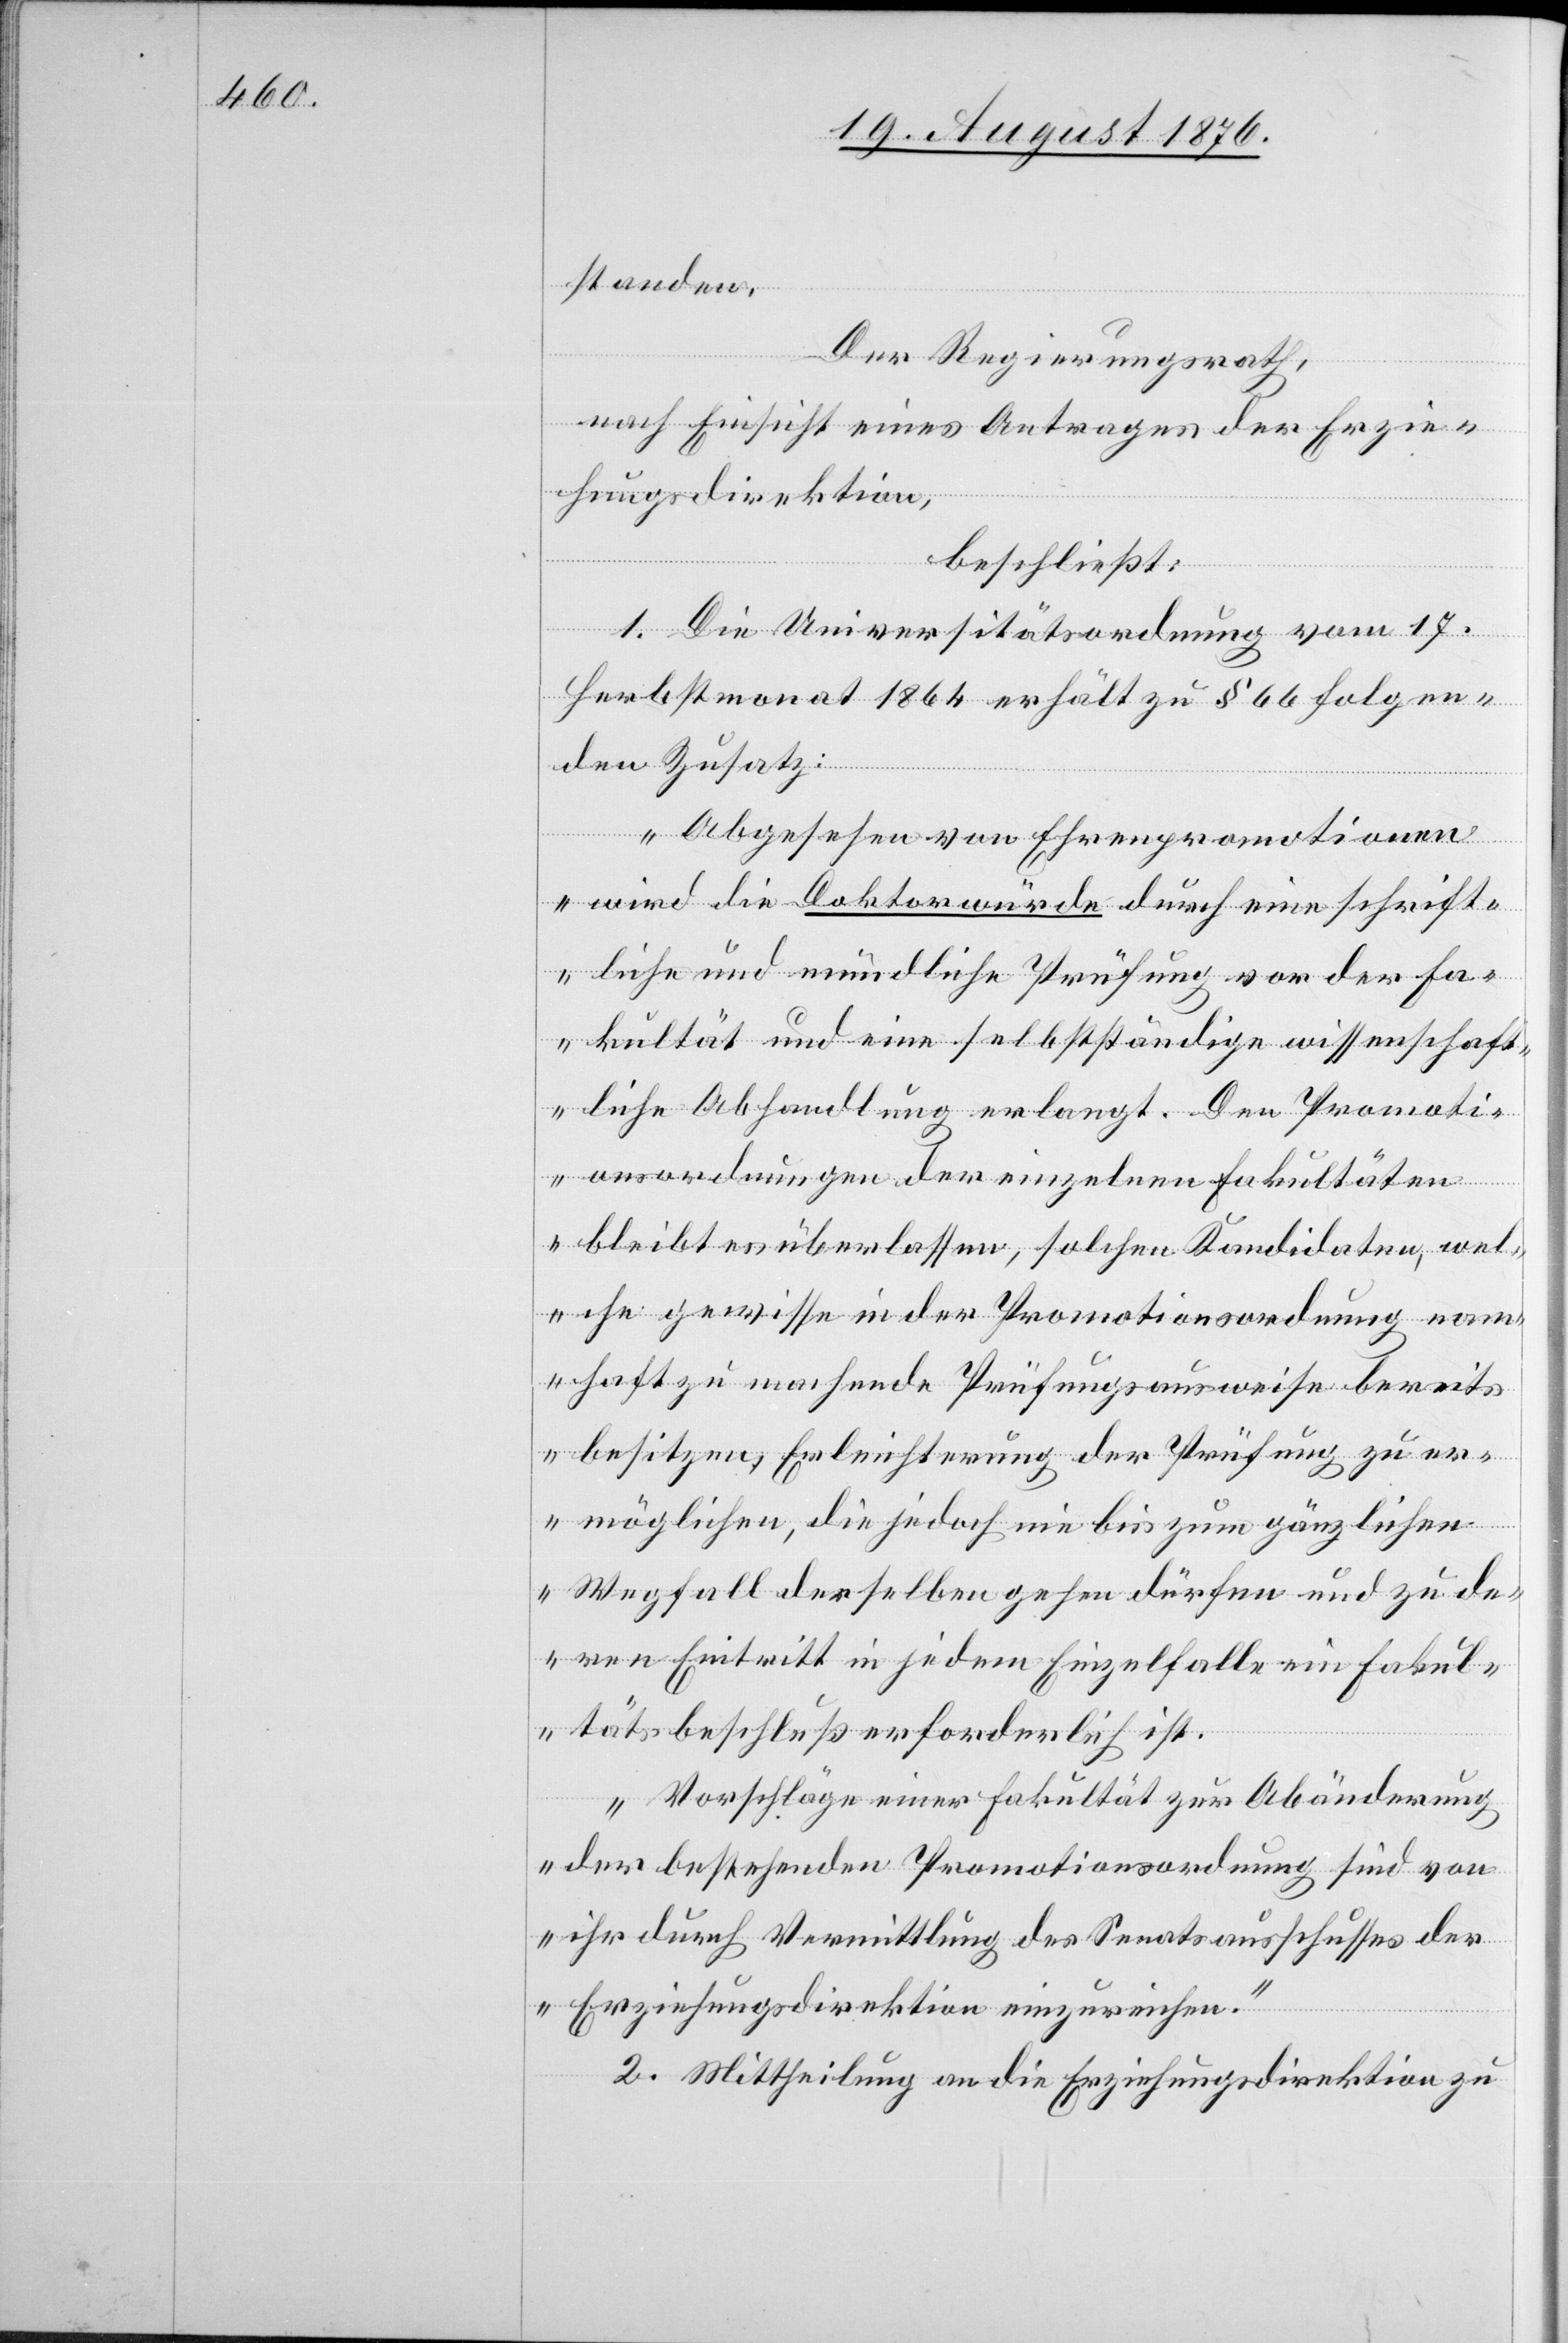
standen.
Der Regierungsrath,
nach Einsicht eines Antrages der Erzie¬
hungsdirektion,
beschließt:
1. Die Universitätsordnung vom 17.
Herbstmonat 1864 erhält zu § 66 folgen¬
den Zusatz:
„Abgesehen von Ehrenpromotionen
wird die Doktorwürde durch eine schrift¬
liche und mündliche Prüfung vor der Fa¬
kultät und eine selbstständige wissenschaft¬
liche Abhandlung erlangt. Den Promoti¬
onsordnungen der einzelnen Fakultäten
bleibt es überlassen, solche Kandidaten, wel¬
che gewisse in der Promotionsordnung nam¬
haft zu machende Prüfungsausweise bereits
besitzen Erleichterung der Prüfung zu er¬
möglichen, die jedoch nie bis zum gänzlichen
Wegfall derselben gehen dürfen und zu de¬
ren Eintritt in jedem Einzelfalle ein Fakul¬
tätsbeschluß erforderlich ist.
Vorschläge einer Fakultät zur Abänderung
der bestehenden Promotionsordnung sind von
ihr durch Vermittlung des Senatsausschusses der
Erziehungsdirektion einzureichen.“
2. Mittheilung an die Erziehungsdirektion zu